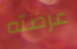
عرضته